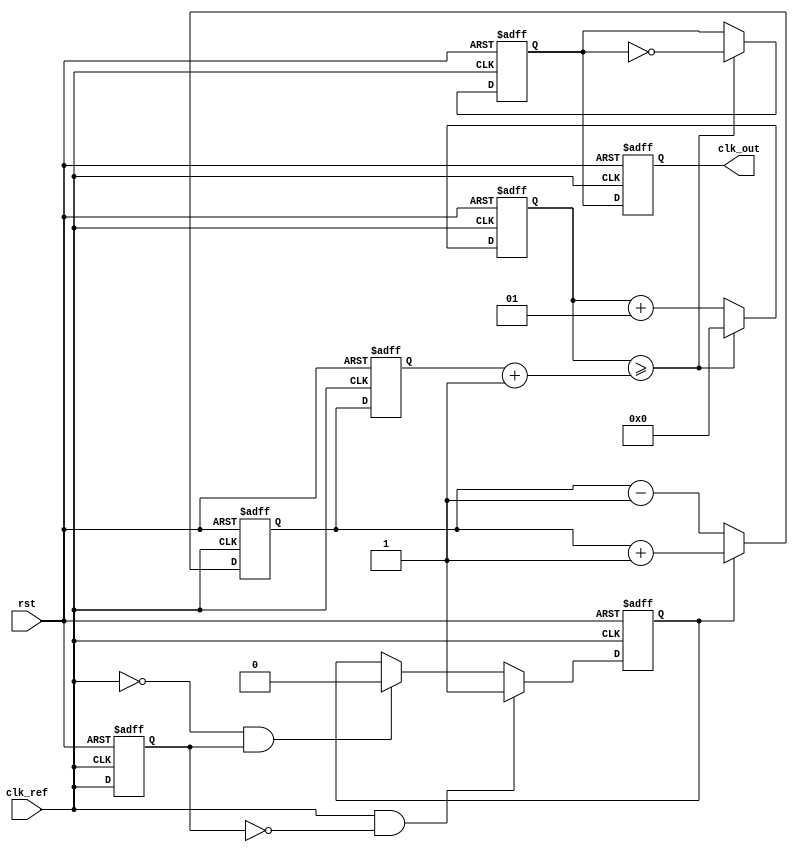
module pll_type1 (
    input wire clk_ref,          // Reference clock input
    input wire rst,              // Reset signal
    output reg clk_out           // Output clock
);

    // Phase Detector (PD) outputs
    reg phase_error;
    reg clk_ref_d;             // Delayed reference clock

    // Loop Filter (LF)
    reg [7:0] filter_out;      // Filter output for control voltage
    reg [7:0] control_voltage;  // Control voltage for VCO
    parameter FILTER_GAIN = 8'd1; // Simple gain for filter

    // Voltage-Controlled Oscillator (VCO) parameters
    reg vco_out;
    reg [3:0] vco_divider;         // Divider for output clock frequency
    parameter VCO_BASE_FREQ = 8'd4; // Base frequency (set for example)

    // State variables
    integer counter;                // Counting cycles for output clock generation
    integer lock_time_counter;      // Counter for lock time simulation
    reg locked;                     // Lock state

    // Phase Detector (PD) logic
    always @(posedge clk_ref or posedge rst) begin
        if (rst) begin
            phase_error <= 1'b0;
            clk_ref_d <= 1'b0;
        end else begin
            clk_ref_d <= clk_ref; // Clock delay for phase comparison
            // Simple PD logic: compare edges
            if (clk_ref && !clk_ref_d) begin
                phase_error <= 1'b1; // Reference clock is leading
            end else if (!clk_ref && clk_ref_d) begin
                phase_error <= 1'b0; // Feedback clock is leading
            end
        end
    end

    // Loop Filter (LF) logic
    always @(posedge clk_ref or posedge rst) begin
        if (rst) begin
            filter_out <= 8'd0;
            control_voltage <= 8'd0;
        end else begin
            if (phase_error) begin
                filter_out <= filter_out + FILTER_GAIN; // Increase control voltage
            end else begin
                filter_out <= filter_out - FILTER_GAIN; // Decrease control voltage
            end
            control_voltage <= filter_out; // Output to VCO
        end
    end

    // Voltage-Controlled Oscillator (VCO) logic
    always @(posedge clk_ref or posedge rst) begin
        if (rst) begin
            vco_out <= 1'b0;
            counter <= 0;
            vco_divider <= VCO_BASE_FREQ; // Default divider setting
        end else begin
            // Generate VCO output based on control voltage
            if (counter >= (control_voltage + 1)) begin
                vco_out <= ~vco_out; // Toggle the output clock
                counter <= 0; // Reset counter
            end else begin
                counter <= counter + 1; // Increment counter
            end
        end
    end

    // Feedback mechanism
    always @(posedge clk_ref or posedge rst) begin
        if (rst) begin
            clk_out <= 1'b0;
        end else begin
            clk_out <= vco_out; // Assign VCO output as the output clock
        end
    end

endmodule